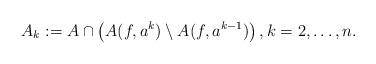
\begin{align*}A_k:=A\cap \left(A(f,a^{k})\setminus A(f,a^{k-1})\right),k=2,\dots, n.\end{align*}